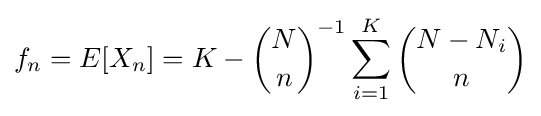
f_{n}=E[X_{n}]=K-{\binom {N}{n}}^{-1}\sum _{i=1}^{K}{\binom {N-N_{i}}{n}}